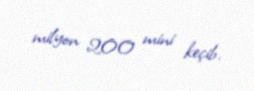
milyon 200 mini keçib.